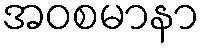
အဝစမာနာ